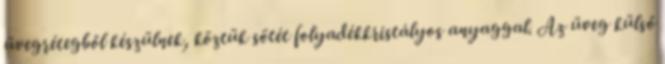
üvegrétegből készülnek, köztük sötét folyadékkristályos anyaggal. Az üveg külső